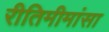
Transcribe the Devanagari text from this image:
रीतिमीमांसा